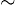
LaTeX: \scriptstyle\mathtt{\sim}